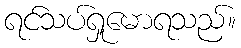
ရင်သပ်ရှုမောရသည်။